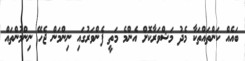
ބައެއް ކަންތައްތަކާ މެދު މަޝްވަރާކޮށް އެންމެ މަތީ ފެންވަރުގައި ނިންމަން ޖެހޭ ނިންމުންތައް